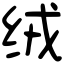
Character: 绒